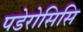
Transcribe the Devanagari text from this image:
पडेरोसिसि